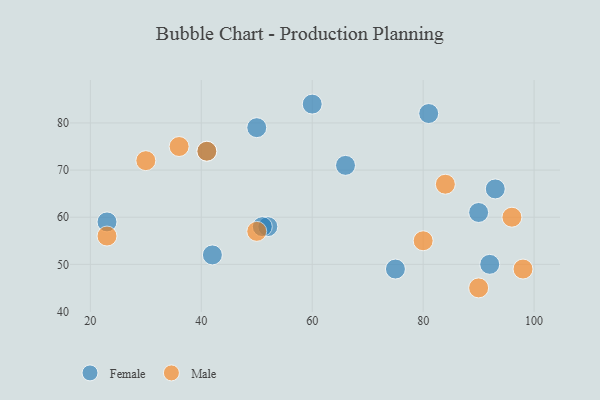
{"axis": {"x": "GDP", "y": "Life Expectancy"}, "legend": ["Female", "Male"], "data": [{"x": "52", "y": 58, "type": "Female"}, {"x": "66", "y": 71, "type": "Female"}, {"x": "42", "y": 52, "type": "Female"}, {"x": "50", "y": 79, "type": "Female"}, {"x": "90", "y": 61, "type": "Female"}, {"x": "93", "y": 66, "type": "Female"}, {"x": "81", "y": 82, "type": "Female"}, {"x": "41", "y": 74, "type": "Female"}, {"x": "92", "y": 50, "type": "Female"}, {"x": "60", "y": 84, "type": "Female"}, {"x": "51", "y": 58, "type": "Female"}, {"x": "75", "y": 49, "type": "Female"}, {"x": "23", "y": 59, "type": "Female"}, {"x": "90", "y": 45, "type": "Male"}, {"x": "41", "y": 74, "type": "Male"}, {"x": "80", "y": 55, "type": "Male"}, {"x": "84", "y": 67, "type": "Male"}, {"x": "36", "y": 75, "type": "Male"}, {"x": "23", "y": 56, "type": "Male"}, {"x": "98", "y": 49, "type": "Male"}, {"x": "30", "y": 72, "type": "Male"}, {"x": "96", "y": 60, "type": "Male"}, {"x": "50", "y": 57, "type": "Male"}]}